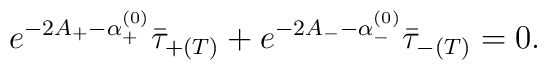
e^{-2A_+-\alpha^{(0)}_+}\bar{\tau}_{+(T)}  + e^{-2A_--\alpha^{(0)}_-}\bar{\tau}_{-(T)} = 0.